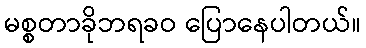
မစ္စတာခိုဘရခဝ ပြောနေပါတယ်။